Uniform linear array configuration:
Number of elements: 8
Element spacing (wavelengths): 1
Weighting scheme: exponential
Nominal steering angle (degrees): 60
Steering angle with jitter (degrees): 58.383
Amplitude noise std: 0.05
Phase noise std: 0.05

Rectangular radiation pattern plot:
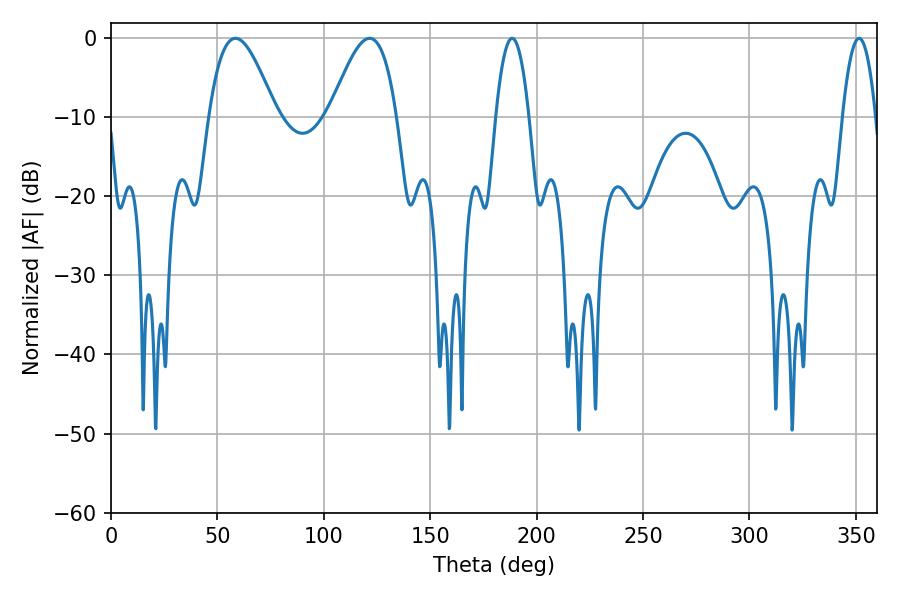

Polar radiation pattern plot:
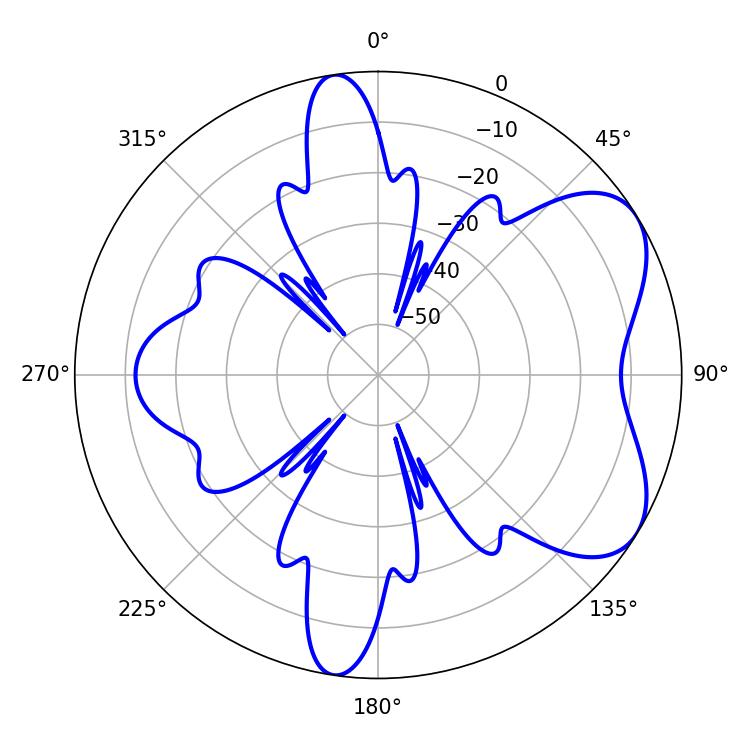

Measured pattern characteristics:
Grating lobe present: TRUE
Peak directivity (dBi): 5.966
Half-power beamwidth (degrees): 16.92
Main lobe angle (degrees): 58.5